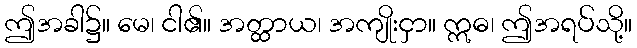
ဤအခါ၌။ မေ၊ ငါ၏။ အတ္ထာယ၊ အကျိုးငှာ။ ဣဓ၊ ဤအရပ်သို့။